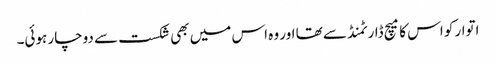
اتوار کو اس کا میچ ڈارٹمنڈ سے تھا اور وہ اس میں بھی شکست سے دوچار ہوئی۔